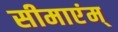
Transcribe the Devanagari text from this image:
सीमाएंम्